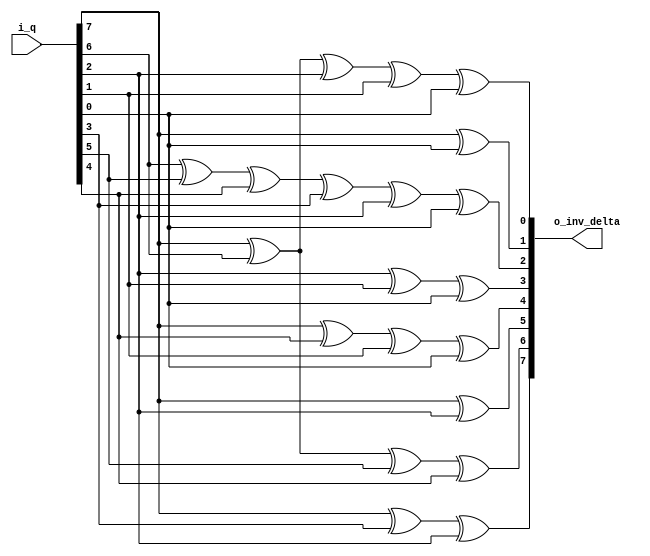
module byte_inverse_isomorphic_mapping
#(
    // PARAMETERS
    parameter                                   NB_DATA = 8     // [HINT] Works only if value is 8
)
(
    // OUTPUTS.
    output      wire        [NB_DATA-1:0]       o_inv_delta ,
    // INPUTS.
    input       wire        [NB_DATA-1:0]       i_q
) ;

    // QUICK_INSTANCE: BEGIN
    /*
    byte_inverse_isomorphic_mapping
    #(
        .NB_DATA            (  )    // [HINT] Works only if value is 8
    )
    u_byte_inverse_isomorphic_mapping
    (
        .o_inv_delta        (  ) ,
        .i_q                (  )
    ) ;
    */ // QUICK_INSTANCE: END

    // ALGORITHM BEGIN.
    // Inverse Isomorphic Mapping ONLY
    // assign o_inv_delta[7]   =   i_q[7] ^    i_q[6] ^    i_q[5] ^                                        i_q[1]          ;

    // assign o_inv_delta[6]   =               i_q[6] ^                                        i_q[2]                      ;

    // assign o_inv_delta[5]   =               i_q[6] ^    i_q[5] ^                                        i_q[1]          ;

    // assign o_inv_delta[4]   =               i_q[6] ^    i_q[5] ^    i_q[4] ^                i_q[2] ^    i_q[1]          ;

    // assign o_inv_delta[3]   =                           i_q[5] ^    i_q[4] ^    i_q[3] ^    i_q[2] ^    i_q[1]          ;

    // assign o_inv_delta[2]   =   i_q[7] ^                            i_q[4] ^    i_q[3] ^    i_q[2] ^    i_q[1]          ;

    // assign o_inv_delta[1]   =                           i_q[5] ^    i_q[4]                                              ;

    // assign o_inv_delta[0]   =               i_q[6] ^    i_q[5] ^    i_q[4] ^                i_q[2] ^            i_q[0]  ;

    // Inverse Isomorphic Mapping w/ Affine Transformation
    assign o_inv_delta[0]   =   i_q[7] ^    i_q[6] ^                                        i_q[2] ^    i_q[1] ^    i_q[0]  ;

    assign o_inv_delta[7]   =   i_q[7] ^                                        i_q[3] ^    i_q[2]                          ;

    assign o_inv_delta[6]   =   i_q[7] ^    i_q[6] ^    i_q[5] ^    i_q[4]                                                  ;

    assign o_inv_delta[5]   =   i_q[7] ^                                                    i_q[2]                          ;

    assign o_inv_delta[4]   =   i_q[7] ^                            i_q[4] ^                            i_q[1] ^    i_q[0]  ;

    assign o_inv_delta[3]   =                                                               i_q[2] ^    i_q[1] ^    i_q[0]  ;

    assign o_inv_delta[2]   =               i_q[6] ^    i_q[5] ^    i_q[4] ^    i_q[3] ^    i_q[2]             ^    i_q[0]  ;

    assign o_inv_delta[1]   =   i_q[7] ^                                                                            i_q[0]  ;

endmodule // byte_inverse_isomorphic_mapping